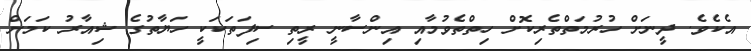
އެކެވެ. ދީނަށް ހުރުމަތްތެރިކޮށް ހިތްތެވުމާއި އިންސާނީ ރީތި ސިފަތަކަކީ ހަޔާތުގެ ޝިއާރު ކަމަށް